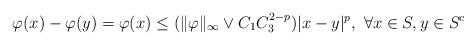
LaTeX: \begin{align*}\varphi(x) - \varphi(y) = \varphi(x) \le (\| \varphi \|_{\infty} \vee C_1 C_3^{2-p}) |x-y|^p, \ \forall x \in S, y \in S^c\end{align*}